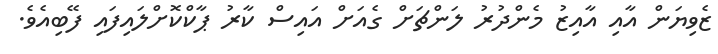
ޒެވިޔަން އާއި އާއިޒު މެންދުރު ލަންޗަށް ގެއަށް އައިސް ކާރު ޕާކްކޮށްލައިފައި ފޭބިއެވެ.